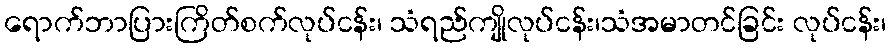
ရောက်ဘာပြားကြိတ်စက်လုပ်ငန်း၊ သံရည်ကျိုလုပ်ငန်း၊သံအမာတင်ခြင်း လုပ်ငန်း၊